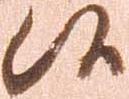
候